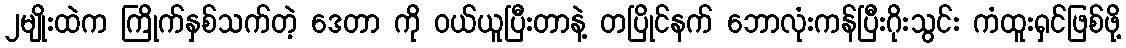
၂မျိုးထဲက ကြိုက်နှစ်သက်တဲ့ ဒေတာ ကို ဝယ်ယူပြီးတာနဲ့ တပြိုင်နက် ဘောလုံးကန်ပြီးဂိုးသွင်း ကံထူးရှင်ဖြစ်ဖို့